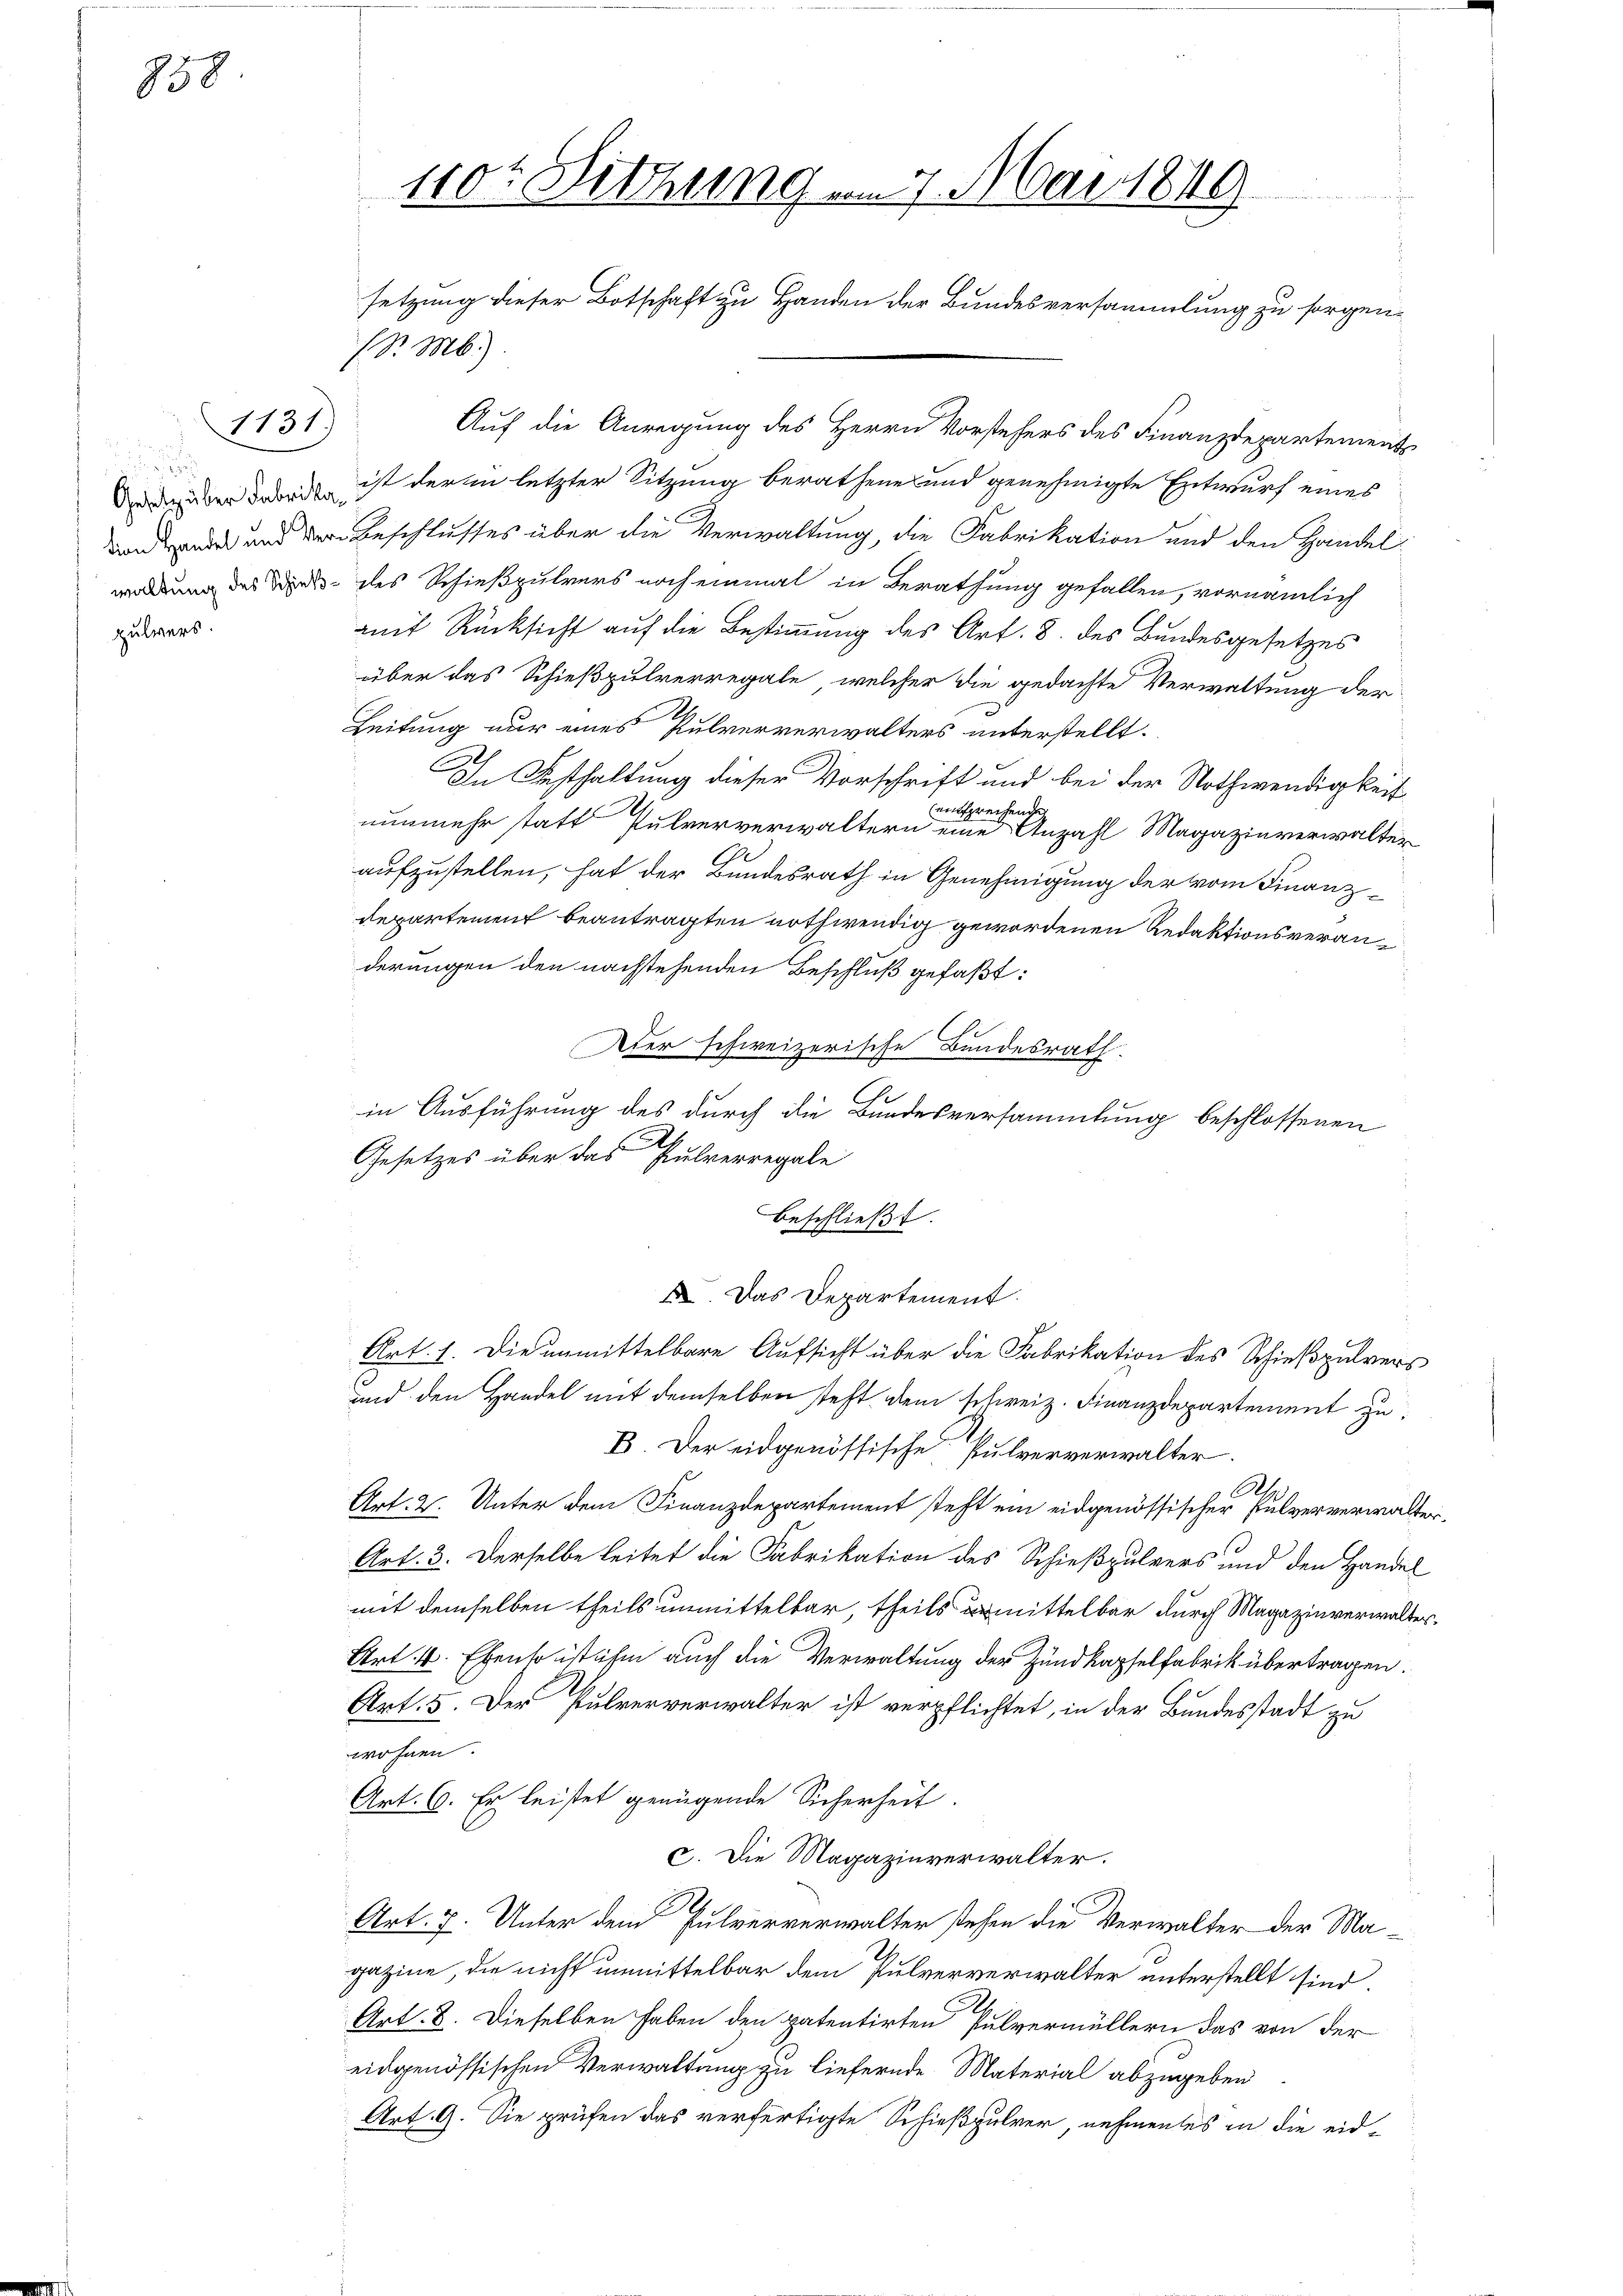
858

pulvers.

1131.)

(S. M.).
Auf die Anregung des Herrn Vorstehers des Finanzdepartements
de über dabei ist der in letzter Sitzung berathene und genehmigte Entwurf eines
on und der Beschlusses über die Verwaltung, die Fabrikation und den Handelwordung des Bunde des Schießpulvers noch einmal in Berathung gefallen, vornämlich
amit Rücksicht auf die Bestimmung des Art. 8. des Bundesgesetzes
über das Schießpulverregale, welcher die gedachte Verwaltung der
Leitung nur eines Pulververwalters unterstellt.
In Festhaltung dieser Vorschrift und bei der Nothwendigkeit
1
verhand
nunmehr statt Pulververwaltern eine Anzahl Magazinverwalter
aufzustellen, hat der Bundesrath in Genehmigung der vom Finanz¬
Departement beantragten nothwendig gewordenen Redaktionsveranderungen den nachstehenden Beschluß gefaßt:
Lett
Aber schweizerische Bundesrath.
in Ausführung des durch die Bundesversammlung beschlossenen
a.
Gesetzes über das Pulverregale
beschließt:
2. Das Departement.
Art. 1. Die unmittelbare Aufsicht über die Fabrikation des Schießpulvers
und den Handel mit demselben steht dem schweiz. Finanzdepartement zu
B. Der eidgenössische Pulververwalter.
Al
Art. 2. Unter dem Finanzdepartement steht ein eidgenössischer Pulververwalte
Art. 3. Derselbe leitet die Fabrikation des Schießpulvers und den Handel
mit demselben theils unmittelbar, theils ermittelbar durch Magazinverwalter
Art. 4. Ebenso ist ihm auch die Verwaltung der Zundkapselfabrik übertragen.
Art. 5. Der Pulververwalter ist verpflichtet, in der Bundesstadt zu
wohnen.
Art. 6. Er leistet genügende Sicherheit.
c. Die Magazinverwalter.
2.
Art. 7. Unter dem Pulververwalter stehen die Verwalter der Magazine, die nicht unmittelbar dem Pulververwalter unterstellt sind.
Art. 8. Dieselben haben den patentirten Pulvermüllern das von der
eidgenössischen Verwaltung zu liefernde Material abzugeben
Art. 9. Sie prüfen das verfertigte Schießpulver, nehmentes in die eid¬

110t Dittung am 7. Mai 1849
setzung dieser Botschaft zu Handen der Bundesversammlung zu sorgen-

r